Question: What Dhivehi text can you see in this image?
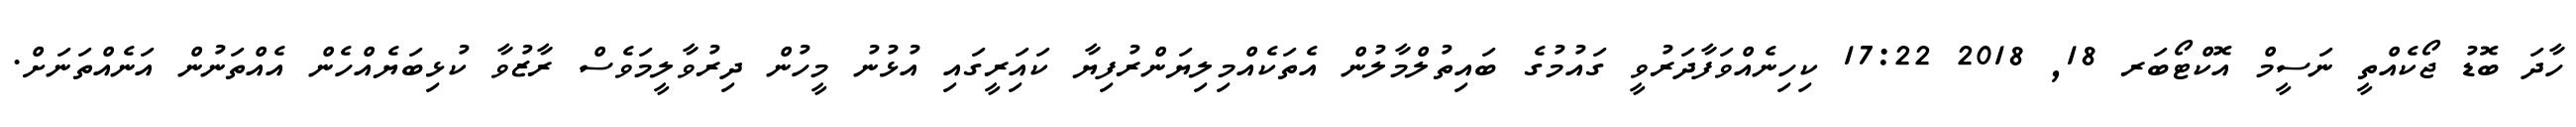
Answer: ހާދަ ބޮޑު ޖޯކެއްތީ ނަސީމް އޮކްޓޯބަރ 18, 2018 17:22 ކިހިނެއްވަފާދަރުވީ ގައުމުގެ ބައިތުލްމާލުން އެތަކެއްމިލިޔަންރުފިޔާ ކައަިރީގައި އުޅުނު މީހުން ދިރުވާލީމަވެސް ރާޒުވާ ކުޅިބަޔެއްހެން އެއްތަނުން އަނެއްތަނަށް.